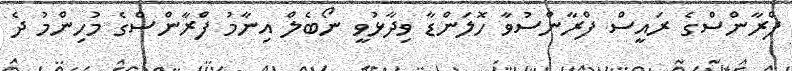
ފްރާންސްގެ ރައީސް ފްރާންސުވާ ހޮލަންޑާ ވިދާޅުވީ ނޯބެލް އިނާމު ފްރާންސްގެ މުހިންމު ދެ